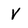
Character: V